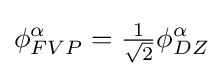
\phi _{FVP}^{\alpha }={\tfrac {1}{\sqrt {2}}}\phi _{DZ}^{\alpha }